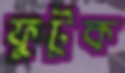
ফুটুক